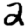
Digit: 2